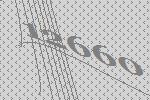
12660